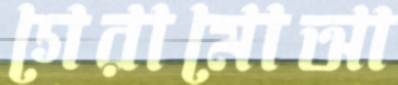
গেরামোআ